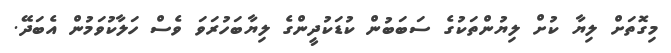
މިގޮތަށް ލިޔާ ކުށް ލިޔުންތަކުގެ ސަބަބުން ކުޑަކުދީންގެ ލިޔާބަހުރަވަ ވެސް ހަލާކުވަމުންް އެބަދޭ.